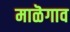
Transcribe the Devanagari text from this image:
माळॆगाव